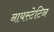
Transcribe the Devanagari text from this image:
नायस्टेटिन